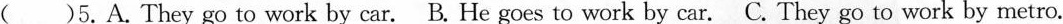
( )5.A.They go to work by car. B.He goes to work by car. C.They go to work by metro.